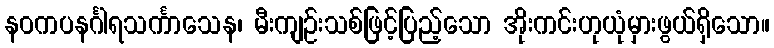
နဝကပနင်္ဂါရသင်္ကာသေန၊ မီးကျဉ်းသစ်ဖြင့်ပြည့်သော အိုးကင်းဟုယုံမှားဖွယ်ရှိသော။